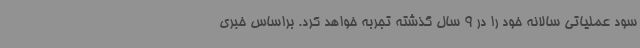
سود عملیاتی سالانه خود را در 9 سال گذشته تجربه خواهد کرد. براساس خبری